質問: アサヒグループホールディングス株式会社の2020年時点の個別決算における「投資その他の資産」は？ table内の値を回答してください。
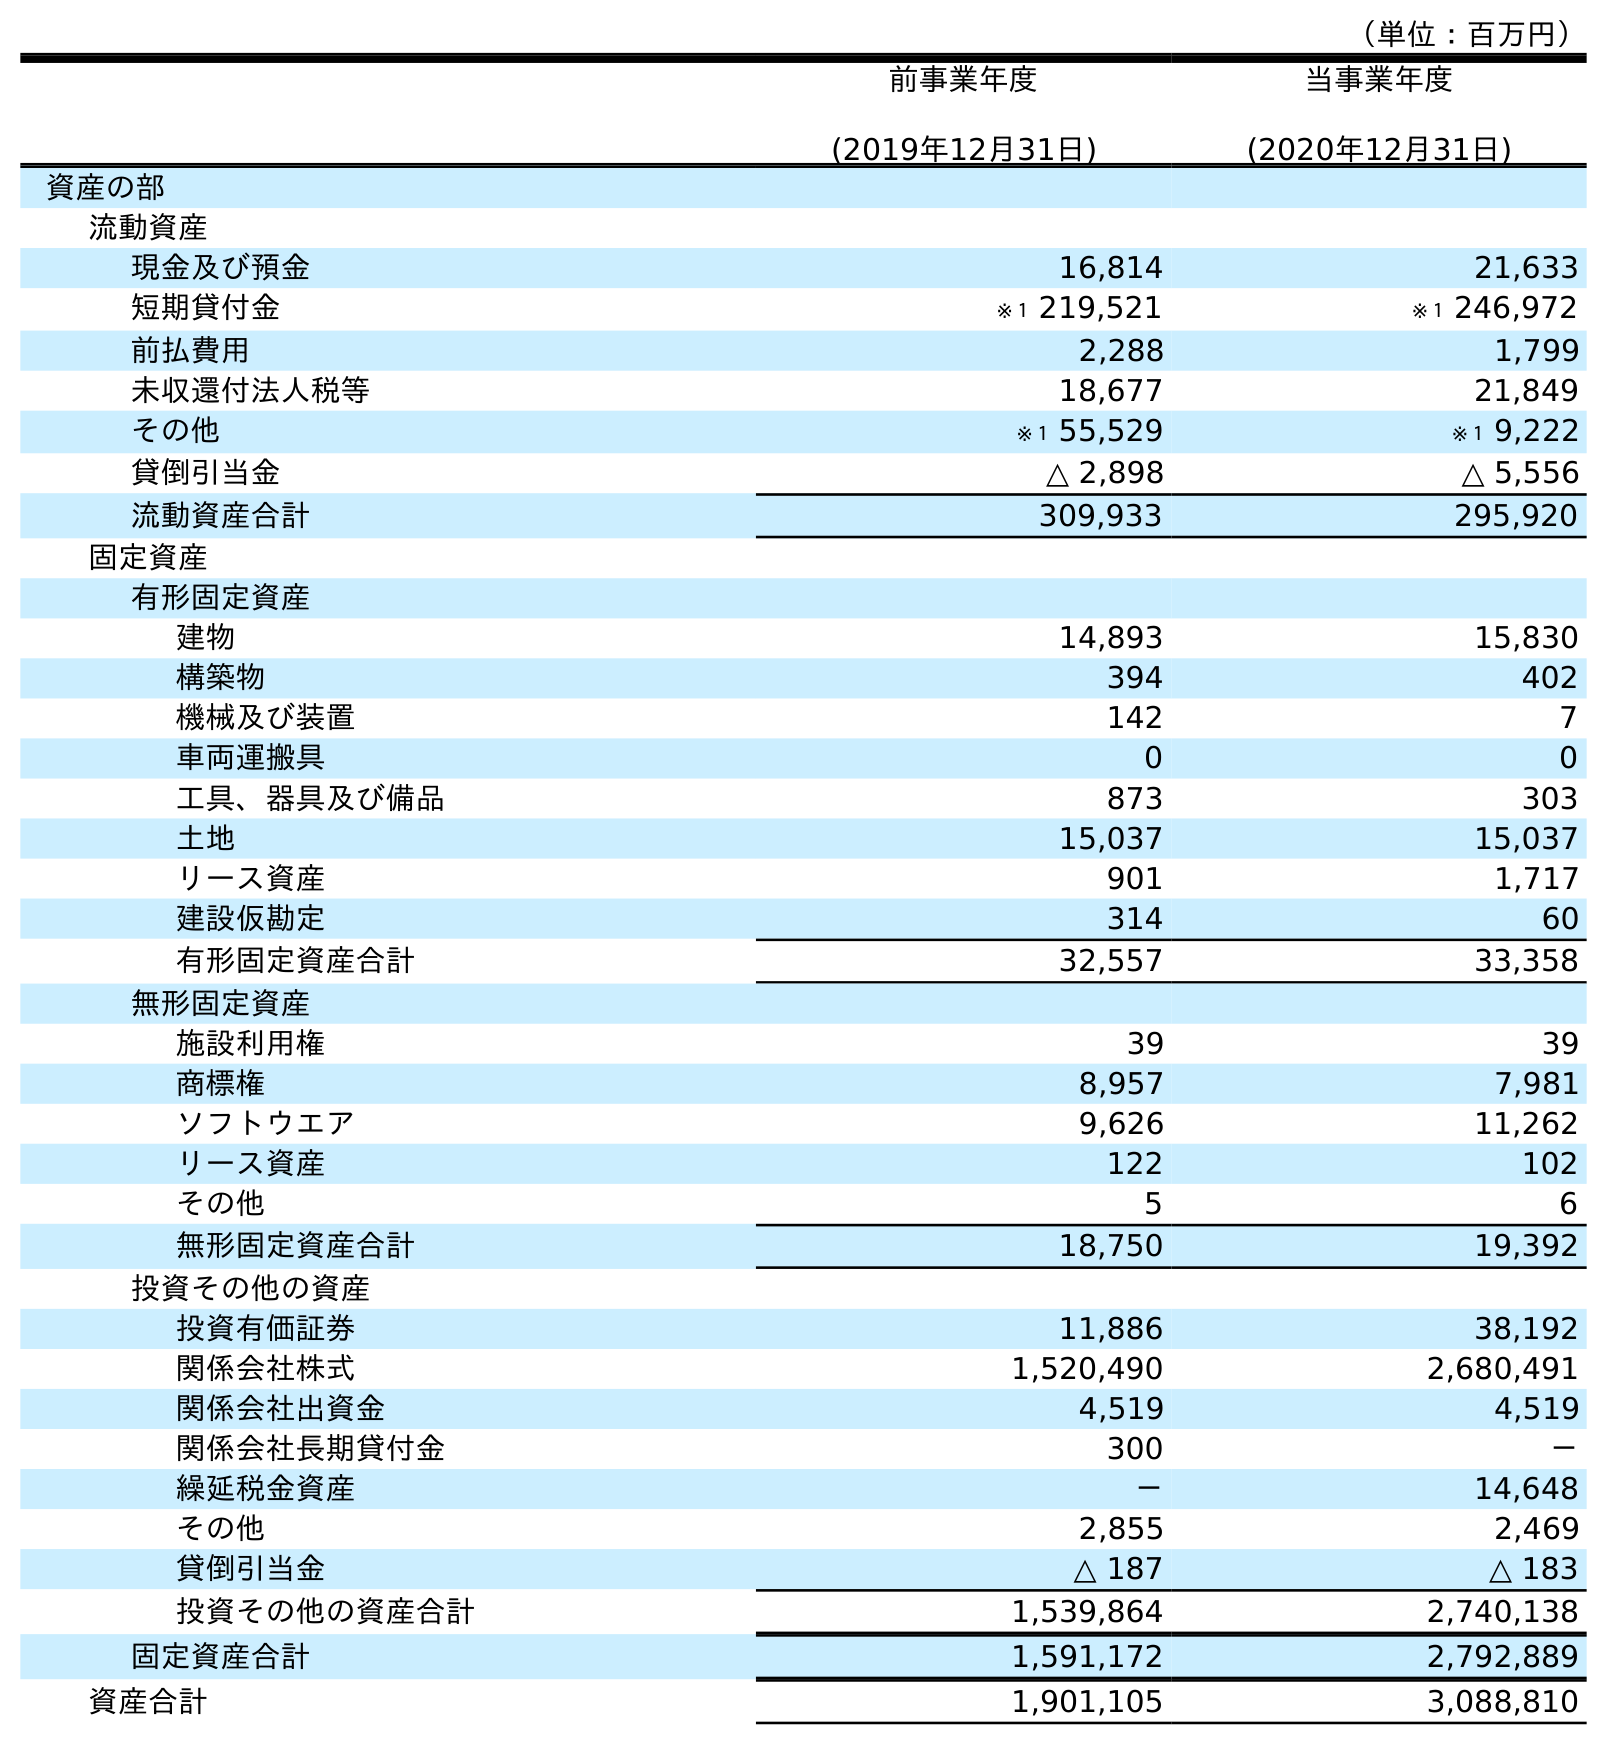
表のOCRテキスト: （単位：百万円） 前事業年度 (2019年12月31日) 当事業年度 (2020年12月31日) 資産の部 流動資産 現金及び預金 16,814 21,633 短期貸付金 ※１ 219,521 ※１ 246,972 前払費用 2,288 1,799 未収還付法人税等 18,677 21,849 その他 ※１ 55,529 ※１ 9,222 貸倒引当金 △ 2,898 △ 5,556 流動資産合計 309,933 295,920 固定資産 有形固定資産 建物 14,893 15,830 構築物 394 402 機械及び装置 142 7 車両運搬具 0 0 工具、器具及び備品 873 303 土地 15,037 15,037 リース資産 901 1,717 建設仮勘定 314 60 有形固定資産合計 32,557 33,358 無形固定資産 施設利用権 39 39 商標権 8,957 7,981 ソフトウエア 9,626 11,262 リース資産 122 102 その他 5 6 無形固定資産合計 18,750 19,392 投資その他の資産 投資有価証券 11,886 38,192 関係会社株式 1,520,490 2,680,491 関係会社出資金 4,519 4,519 関係会社長期貸付金 300 － 繰延税金資産 － 14,648 その他 2,855 2,469 貸倒引当金 △ 187 △ 183 投資その他の資産合計 1,539,864 2,740,138 固定資産合計 1,591,172 2,792,889 資産合計 1,901,105 3,088,810
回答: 2,740,138